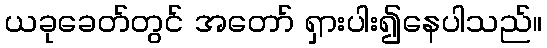
ယခုခေတ်တွင် အတော် ရှားပါး၍နေပါသည်။